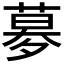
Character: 𡖶